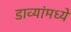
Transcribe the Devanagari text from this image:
डाव्यांमध्ये